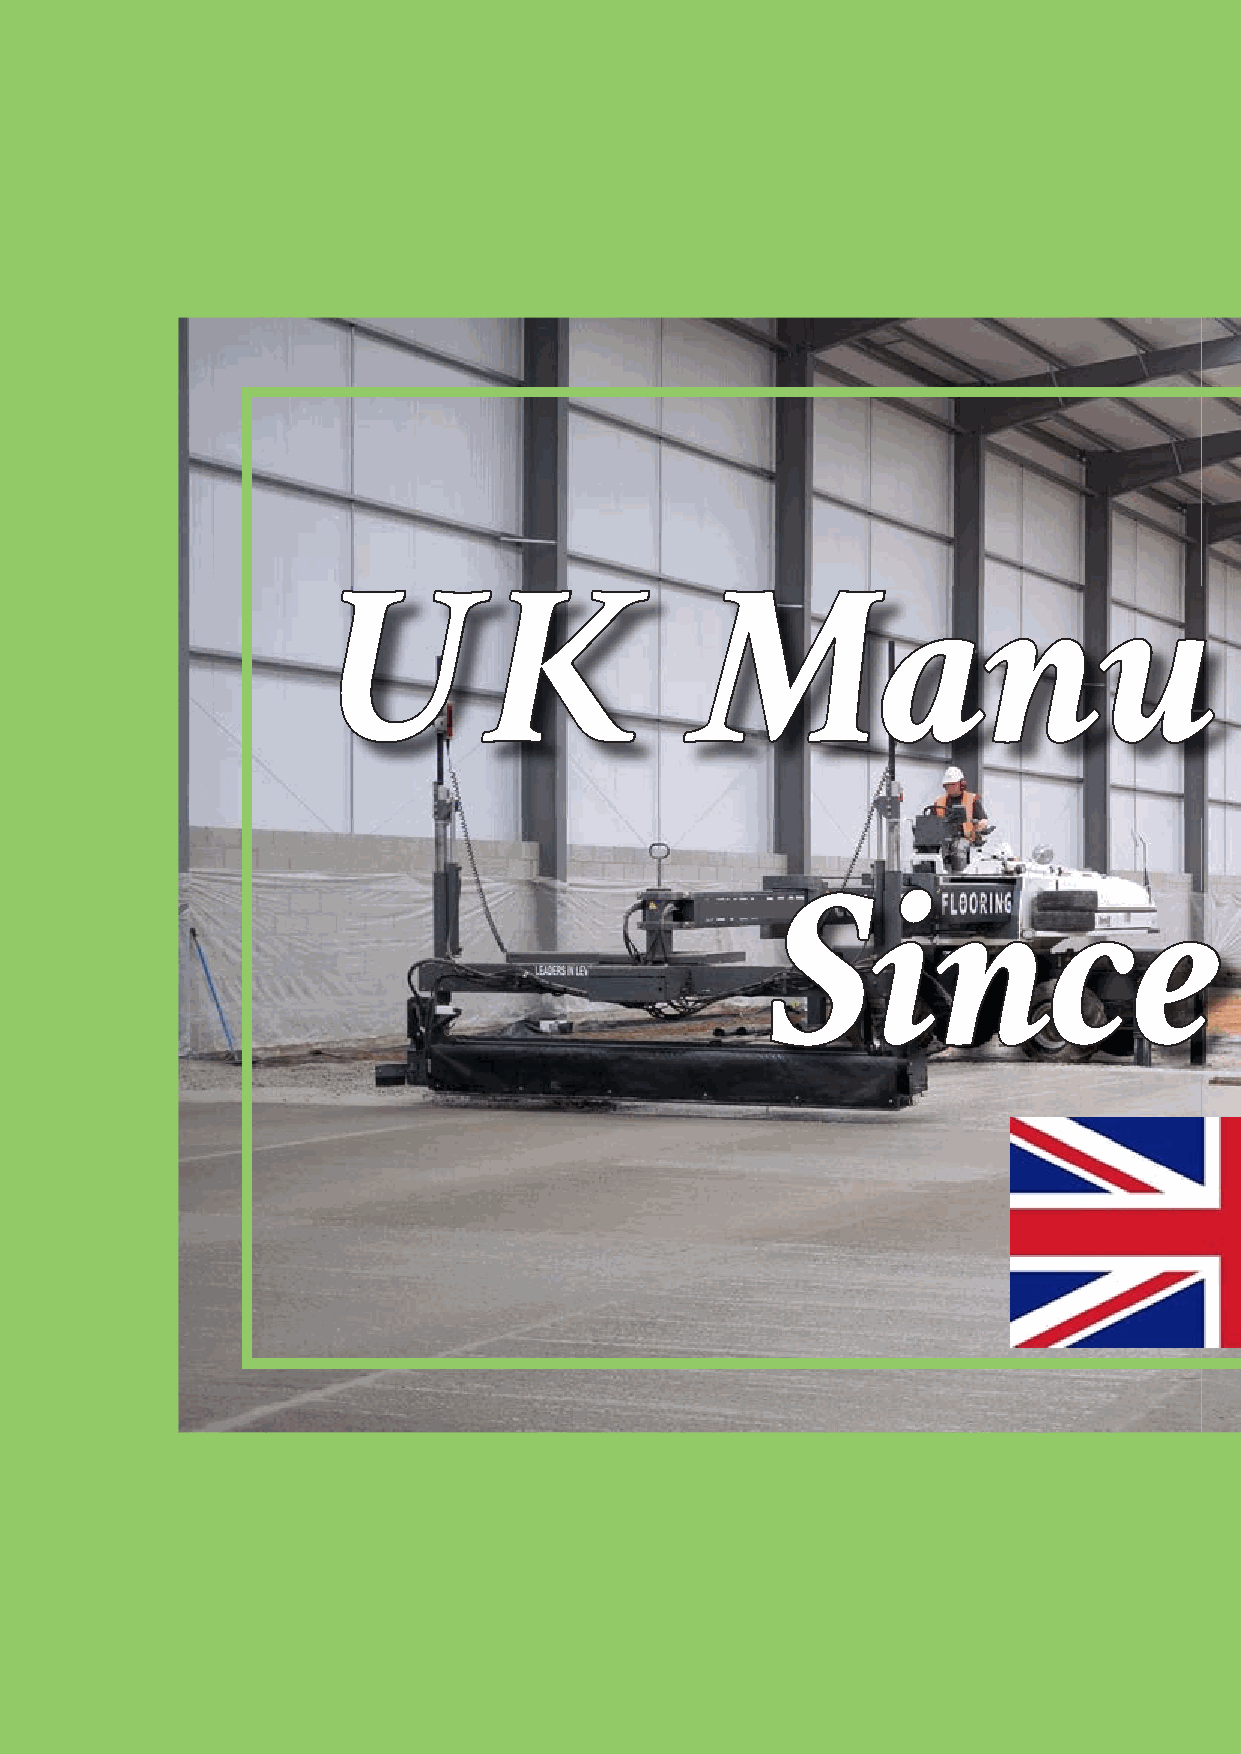
UK                      Manu                                    facturing
 Since                            1989